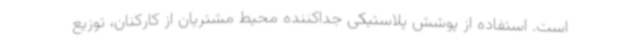
است. استفاده از پوشش پلاستیکی جداکننده محیط مشتریان از کارکنان، توزیع